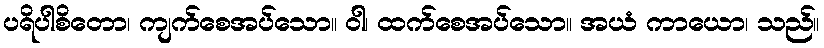
ပရိပါစိတော၊ ကျက်စေအပ်သော။ ဝါ၊ ထက်စေအပ်သော။ အယံ ကာယော၊ သည်။